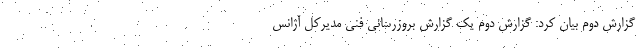
گزارش دوم بیان کرد: گزارش دوم یک گزارش بروزرسانی فنی مدیرکل آژانس